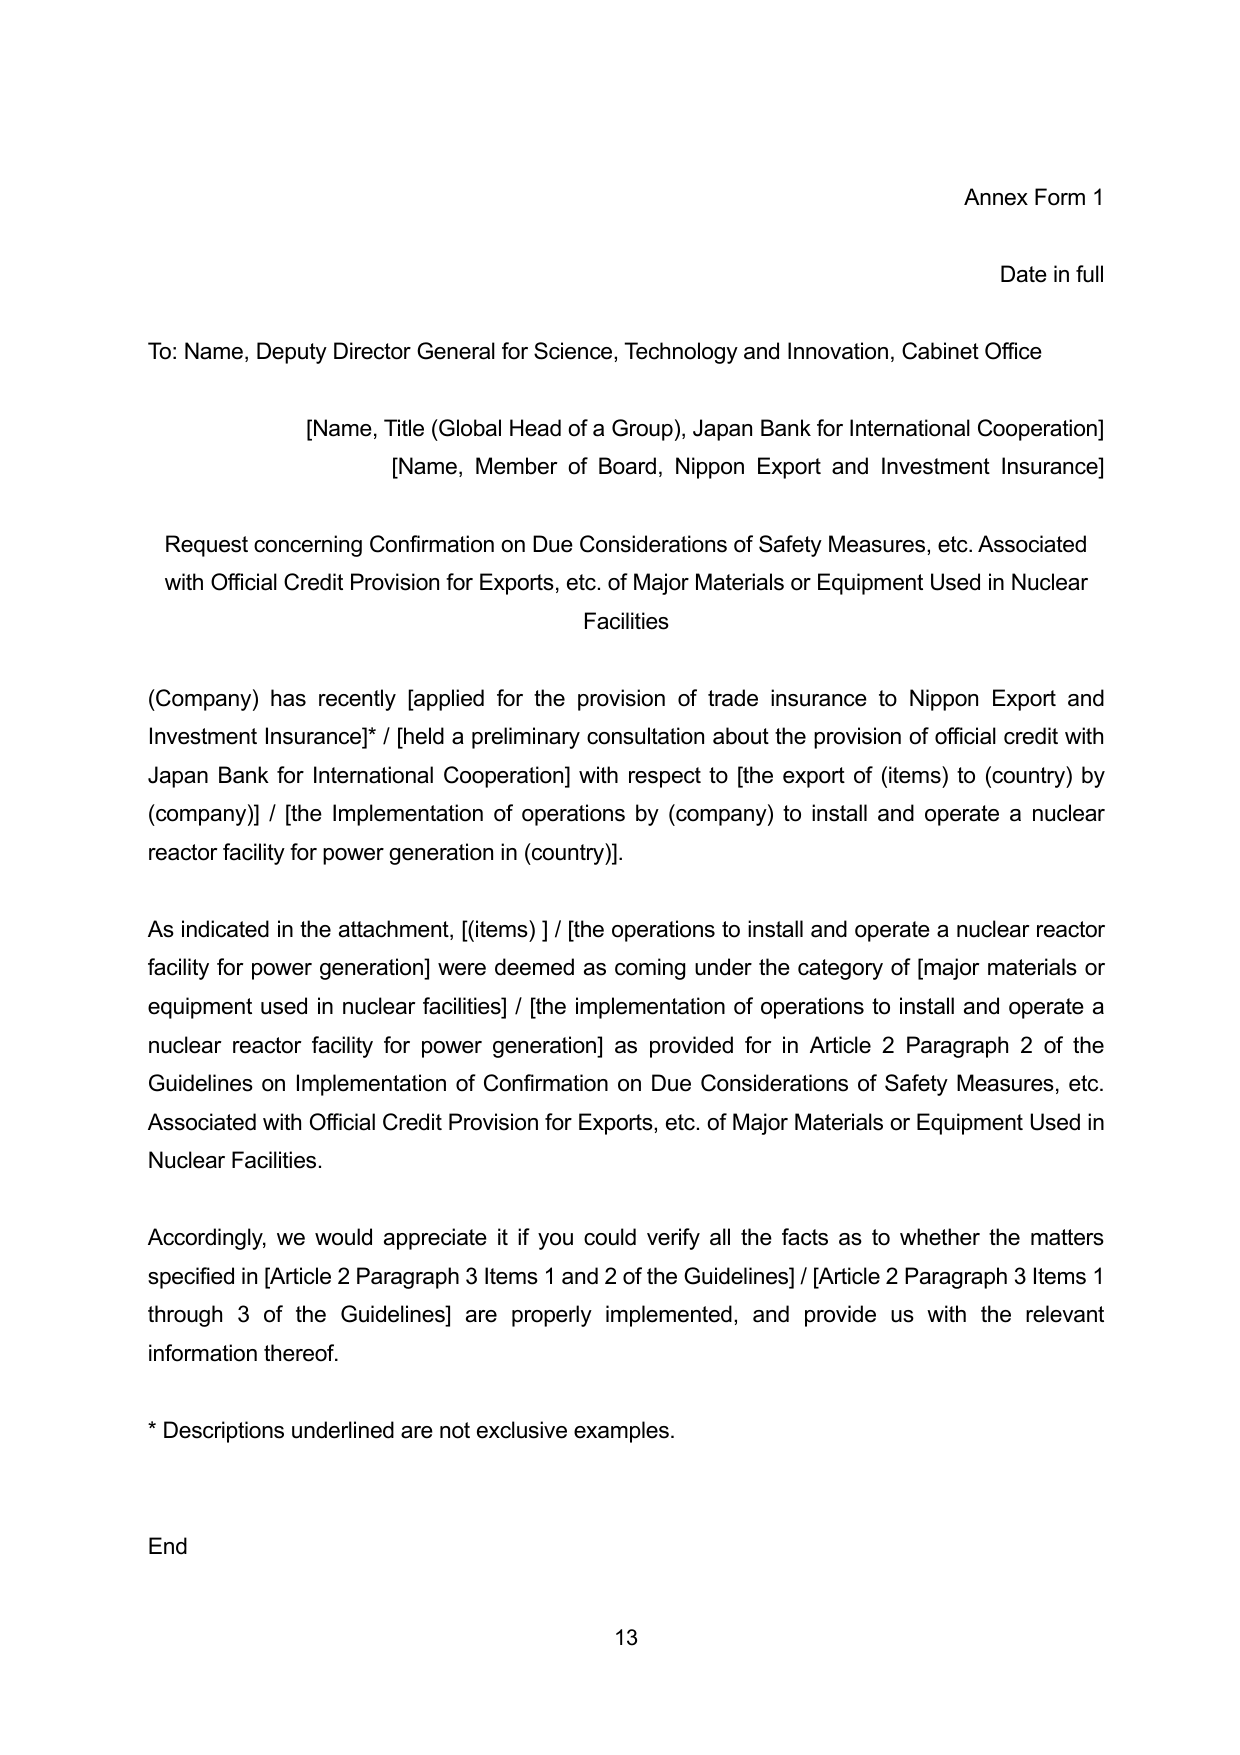
Annex Form 1

Date in full

To: Name, Deputy Director General for Science, Technology and Innovation, Cabinet Office

[Name, Title (Global Head of a Group), Japan Bank for International Cooperation]
[Name, Member of Board, Nippon Export and Investment Insurance]

Request concerning Confirmation on Due Considerations of Safety Measures, etc. Associated with Official Credit Provision for Exports, etc. of Major Materials or Equipment Used in Nuclear Facilities

(Company) has recently [applied for the provision of trade insurance to Nippon Export and Investment Insurance]* / [held a preliminary consultation about the provision of official credit with Japan Bank for International Cooperation] with respect to [the export of (items) to (country) by (company)] / [the Implementation of operations by (company) to install and operate a nuclear reactor facility for power generation in (country)].

As indicated in the attachment, [(items) ] / [the operations to install and operate a nuclear reactor facility for power generation] were deemed as coming under the category of [major materials or equipment used in nuclear facilities] / [the implementation of operations to install and operate a nuclear reactor facility for power generation] as provided for in Article 2 Paragraph 2 of the Guidelines on Implementation of Confirmation on Due Considerations of Safety Measures, etc. Associated with Official Credit Provision for Exports, etc. of Major Materials or Equipment Used in Nuclear Facilities.

Accordingly, we would appreciate it if you could verify all the facts as to whether the matters specified in [Article 2 Paragraph 3 Items 1 and 2 of the Guidelines] / [Article 2 Paragraph 3 Items 1 through 3 of the Guidelines] are properly implemented, and provide us with the relevant information thereof.

* Descriptions underlined are not exclusive examples.

End

13